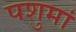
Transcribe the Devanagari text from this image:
पशुमां